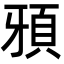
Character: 䪵